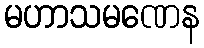
မဟာသမဏေန